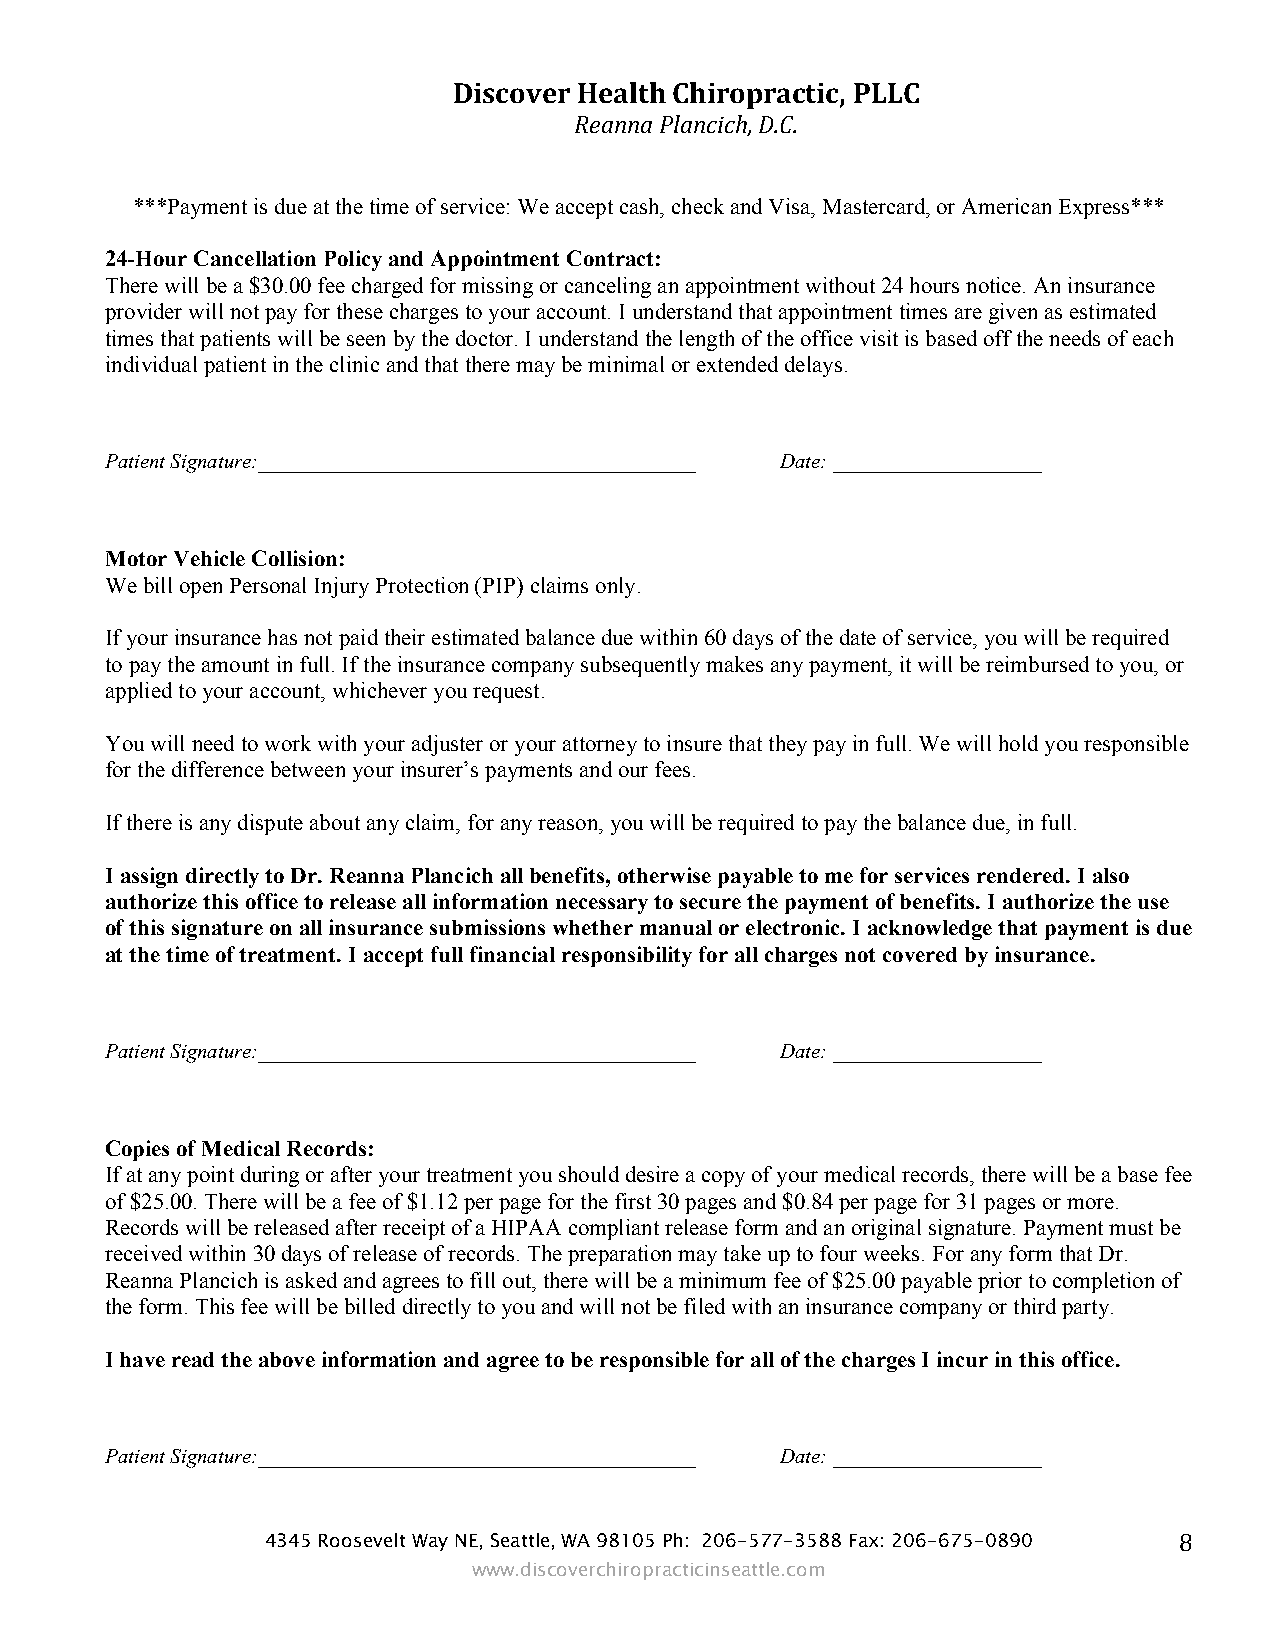
Discover Health Chiropractic, PLLC
 Reanna Plancich, D.C.
 ***Payment is due at the time of service: We accept cash, check and Visa, Mastercard, or American Express***
 24-Hour Cancellation Policy and Appointment Contract:
 There will be a $30.00 fee charged for missing or canceling an appointment without 24 hours notice. An insurance
 provider will not pay for these charges to your account. I understand that appointment times are given as estimated
 times that patients will be seen by the doctor. I understand the length of the office visit is based off the needs of each
 individual patient in the clinic and that there may be minimal or extended delays.
 Patient Signature:__________________________________________ Date: ____________________
 Motor Vehicle Collision:
 We bill open Personal Injury Protection (PIP) claims only.
 If your insurance has not paid their estimated balance due within 60 days of the date of service, you will be required
 to pay the amount in full. If the insurance company subsequently makes any payment, it will be reimbursed to you, or
 applied to your account, whichever you request.
 You will need to work with your adjuster or your attorney to insure that they pay in full. We will hold you responsible
 for the difference between your insurer’s payments and our fees.
 If there is any dispute about any claim, for any reason, you will be required to pay the balance due, in full.
 I assign directly to Dr. Reanna Plancich all benefits, otherwise payable to me for services rendered. I also
 authorize this office to release all information necessary to secure the payment of benefits. I authorize the use
 of this signature on all insurance submissions whether manual or electronic. I acknowledge that payment is due
 at the time of treatment. I accept full financial responsibility for all charges not covered by insurance.
 Patient Signature:__________________________________________ Date: ____________________
 Copies of Medical Records:
 If at any point during or after your treatment you should desire a copy of your medical records, there will be a base fee
 of $25.00. There will be a fee of $1.12 per page for the first 30 pages and $0.84 per page for 31 pages or more.
 Records will be released after receipt of a HIPAA compliant release form and an original signature. Payment must be
 received within 30 days of release of records. The preparation may take up to four weeks. For any form that Dr.
 Reanna Plancich is asked and agrees to fill out, there will be a minimum fee of $25.00 payable prior to completion of
 the form. This fee will be billed directly to you and will not be filed with an insurance company or third party.
 I have read the above information and agree to be responsible for all of the charges I incur in this office.
 Patient Signature:__________________________________________ Date: ____________________
 4345 Roosevelt Way NE, Seattle, WA 98105 Ph: 206-577-3588 Fax: 206-675-0890 8
 www.discoverchiropracticinseattle.com